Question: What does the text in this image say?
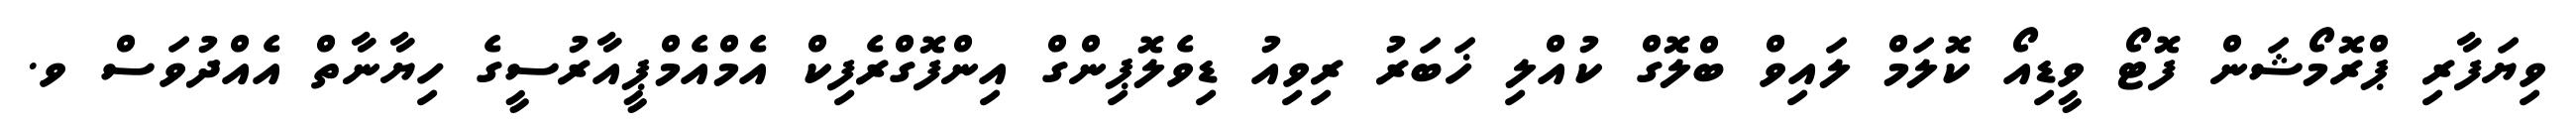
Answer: ވިޔަފާރި ޕްރޮމޯޝަން ފޮޓޯ ވީޑިއޯ ކޮލަމް ލައިވް ބްލޮގް ކުއްލި ޚަބަރު ރިވިއު ޑިވެލޮޕިންގް އިންފޮގްރެފިކް އެމްއެމްޕީއާރުސީގެ ހިޔާނާތް އެއްދުވަސް ވ.